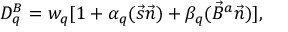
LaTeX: D _ { q } ^ { B } = w _ { q } [ 1 + \alpha _ { q } ( \vec { s } \vec { n } ) + \beta _ { q } ( \vec { B } ^ { a } \vec { n } ) ] ,